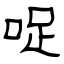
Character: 哫